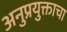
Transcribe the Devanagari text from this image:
अनुप्रयुक्ताचा